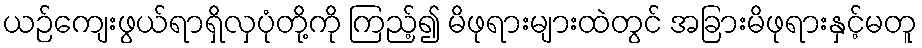
ယဉ်ကျေးဖွယ်ရာရှိလှပုံတို့ကို ကြည့်၍ မိဖုရားများထဲတွင် အခြားမိဖုရားနှင့်မတူ